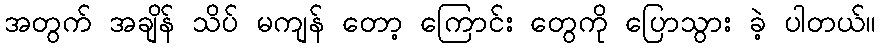
အတွက် အချိန် သိပ် မကျန် တော့ ကြောင်း တွေကို ပြောသွား ခဲ့ ပါတယ်။